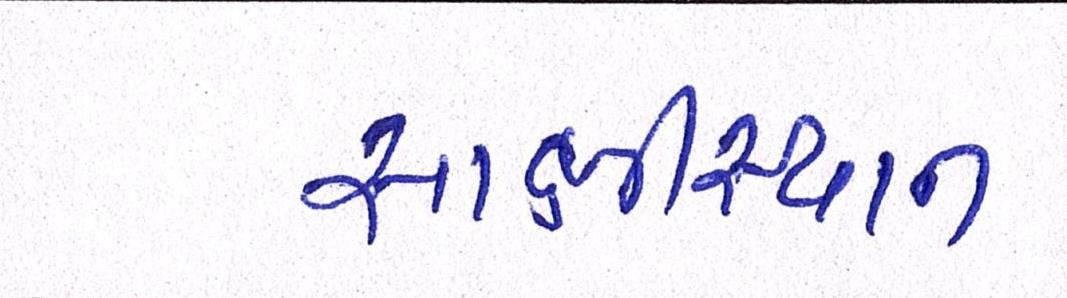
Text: સાક્ષીસ્થાન